Civil Veterinary Department Bihar & Orissa reports 1922-29 - 1922-1929
Year: 1922
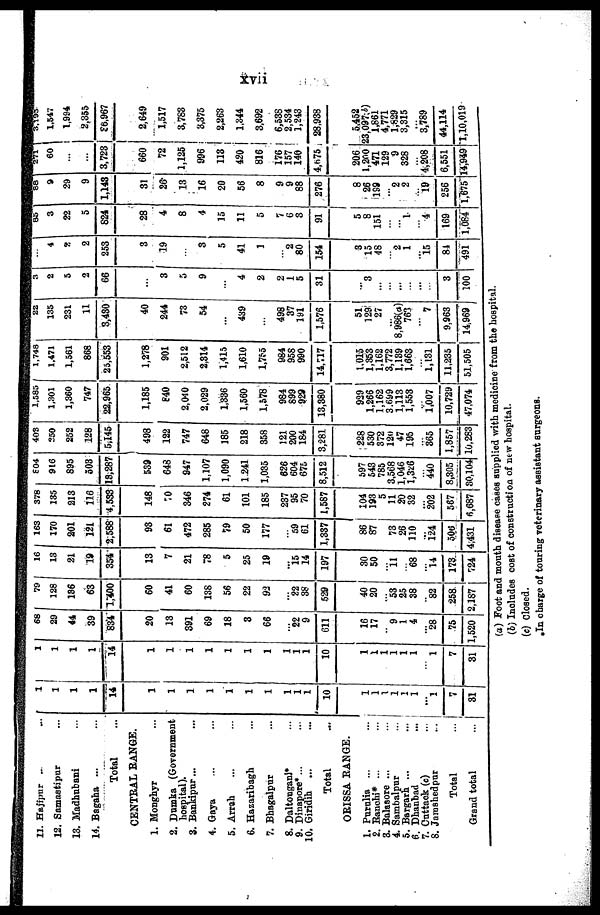
xvii
11. Hajipur ... ...
12. Samastipur ...
13. Madhubani ...
14. Bagaha ... ...
Total ...
CENTRAL RANGE.
1. Monghyr ...
2. Dumka (Government
hospital).
3. Bankipur ... ...
4. Gaya ... ...
5. Arrah ... ...
6. Hazaribagh ...
7. Bhagalpur ...
8. Daltonganj* ...
9. Dinapore*... ...
10. Giridih ... ...
Total ...
ORISSA RANGE.
1. Purulia ...
...
2. Ranchi* ... ...
3. Balasore ...
...
4. Sambalpur
...
5. Bargarh ...
...
6. Dhanbad
...
7. Cuttack (c)
...
8. Jamshedpur
...
Total
...
Grand total ...
1
1
1
1
14
1
1
1
1
1
1
1
1
1
1
10
1
1
1
1
1
1
...
1
7
31
1
1
1
1
14
1
1
1
1
1
1
1
1
1
1
10
1
1
1
1
1
1
...
1
7
31
68 29
44
39
834
20
13
391
69
18
3
66
...
22
9
611
16
17
...
9
1
4
...
28
75
1,520
79
128
186
63
1,400
60
41
60
138
56
22
92
...
22
38
529
40
20
...
53
25
38
...
82
258
1,187
16 13
21
19
354
13
7
21
78
5
25
19
...
15
14
197
30
50
...
11
...
68
...
14
173
724
163
170
201
121
2,588
93
61
472
285
79
50
177
...
59
61
1,337
86
87
73
26
110
...
124
506
4,431
378
135
213
116
4,533
148
70
346
274
61
101
185
237
95
70
1,587
104
193
5
11
20
32
202
567
6,687
804
916
895
503
13,287
539
648
947
1,107
1,090
1,241
1,035
626
604
675
8,512
597
543
785
3,568
1,046
1,326
...
440
8,305
30,104
403
250
252
128
5,145
498
122
747
648
185
218
358
121
200
184
3,281
228
530
372
120
47
195
...
365
1,857
10,283
1,585
1,301
1,360
747
22,965
1,185
840
2,040
2,029
1,336
1,560
1,578
984
899
929
13,380
929
1,266
1,162
3,699
1,113
1,553
...
1,007
10,729
47,074
1,748
1,471
1,561
868
25,553
1,278
901
2,512
2,314
1,415
1,610
1,755
984
958
990
14,717
1,015
1,353
1,162
3,772
1,139
1,663
...
1,131
11,235
51,505
22
135
231
11
3,430
40
244
73
54
...
439
...
498
37
191
1,576
51
129
27
...
8,986(a)
763
...
7
9,963
14,969
3
2
5
2
66
...
3
5
9
...
4
2
2
1
5
31
...
3
...
...
...
...
...
...
3
100
...
4
2
2
253
3
19
...
3
5
41
1
...
2
80
154
3
15
48
...
2
1
...
15
84
491
85
3
22
5
824
28
4
8
4
15
11
5
7
6
3
91
5
8
151
...
... 1
...
4
169
1,084
88
9
29
9
1,143
31
26
13
16
20
56
8
9
9
88
276
8
26
199
...
2
2
...
19
256
1,675
271
60
...
...
3,723
660
72
1,125
996
113
420
816
176
157
140
4,675
206
1,200
471
129
9
328
...
4,208
6,551
14,949
3,193
1,547
1,994
2,355
36,967
2,649
1,517
3,783
3,375
2,263
1,344
3,692
6,538
2,534
1,243
28,938
5,452
23,097(b)
1,861
4,771
1,829
3,315
...
3,789
44,114
1,10,019
(a) Foot and mouth disease cases supplied with medicine from the hospital.
(b) Includes cost of construction of new hospital.
(c) Closed.
In charge of touring veterinary assistant surgeons.